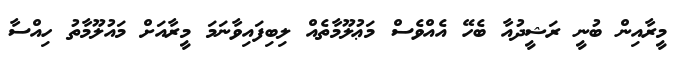
މީރާއިން ބުނީ ރަޝީދުއާ ބެހޭ އެއްވެސް މަޢުލޫމާތެއް ލިބިފައިވާނަމަ މީރާއަށް މައުލޫމާތު ހިއްސާ